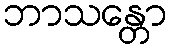
ဘာသန္တော